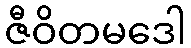
ဇီဝိတမဒေါ